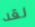
لقد